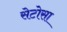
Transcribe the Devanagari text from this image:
सेटोसा